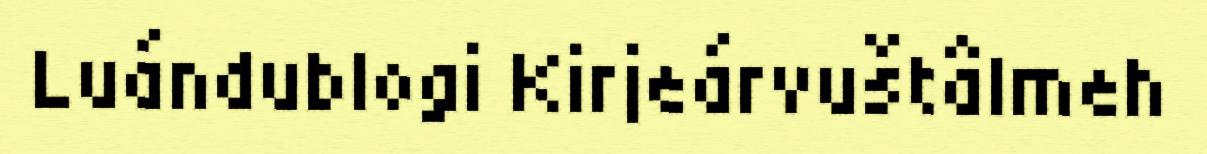
Luándublogi Kirjeárvuštâlmeh